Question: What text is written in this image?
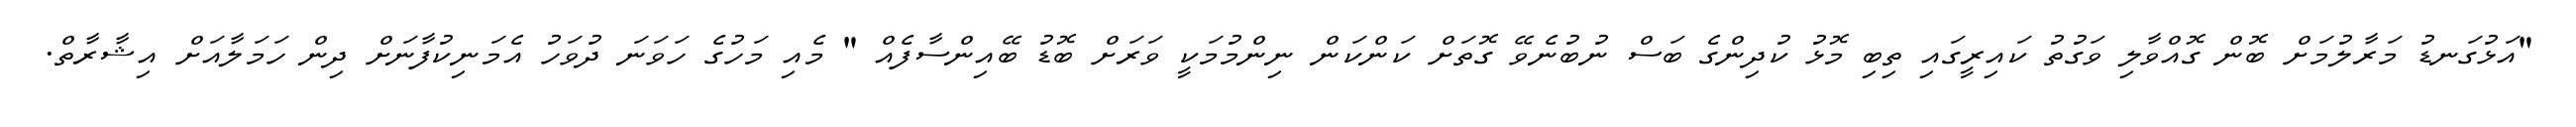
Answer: "އަޅުގަނޑު މަރާލުމަށް ބޮން ގޮއްވާލި ވަގުތު ކައިރީގައި ތިބި މޮޅު ކުދިންގެ ބަސް ނުބުނެވޭ ގޮތަށް ކަންކަން ނިންމުމަކީ ވަރަށް ބޮޑު ބޭއިންސާފެއް " މެއި މަހުގެ ހަވަނަ ދުވަހު އެމަނިކުފާނަށް ދިން ހަމަލާއަށް އިޝާރާތް.